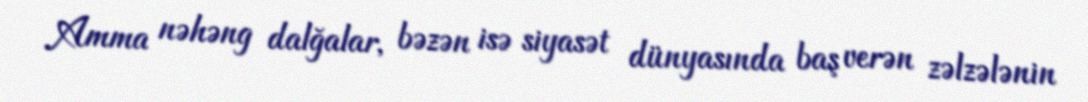
Amma nəhəng dalğalar, bəzən isə siyasət dünyasında baş verən zəlzələnin